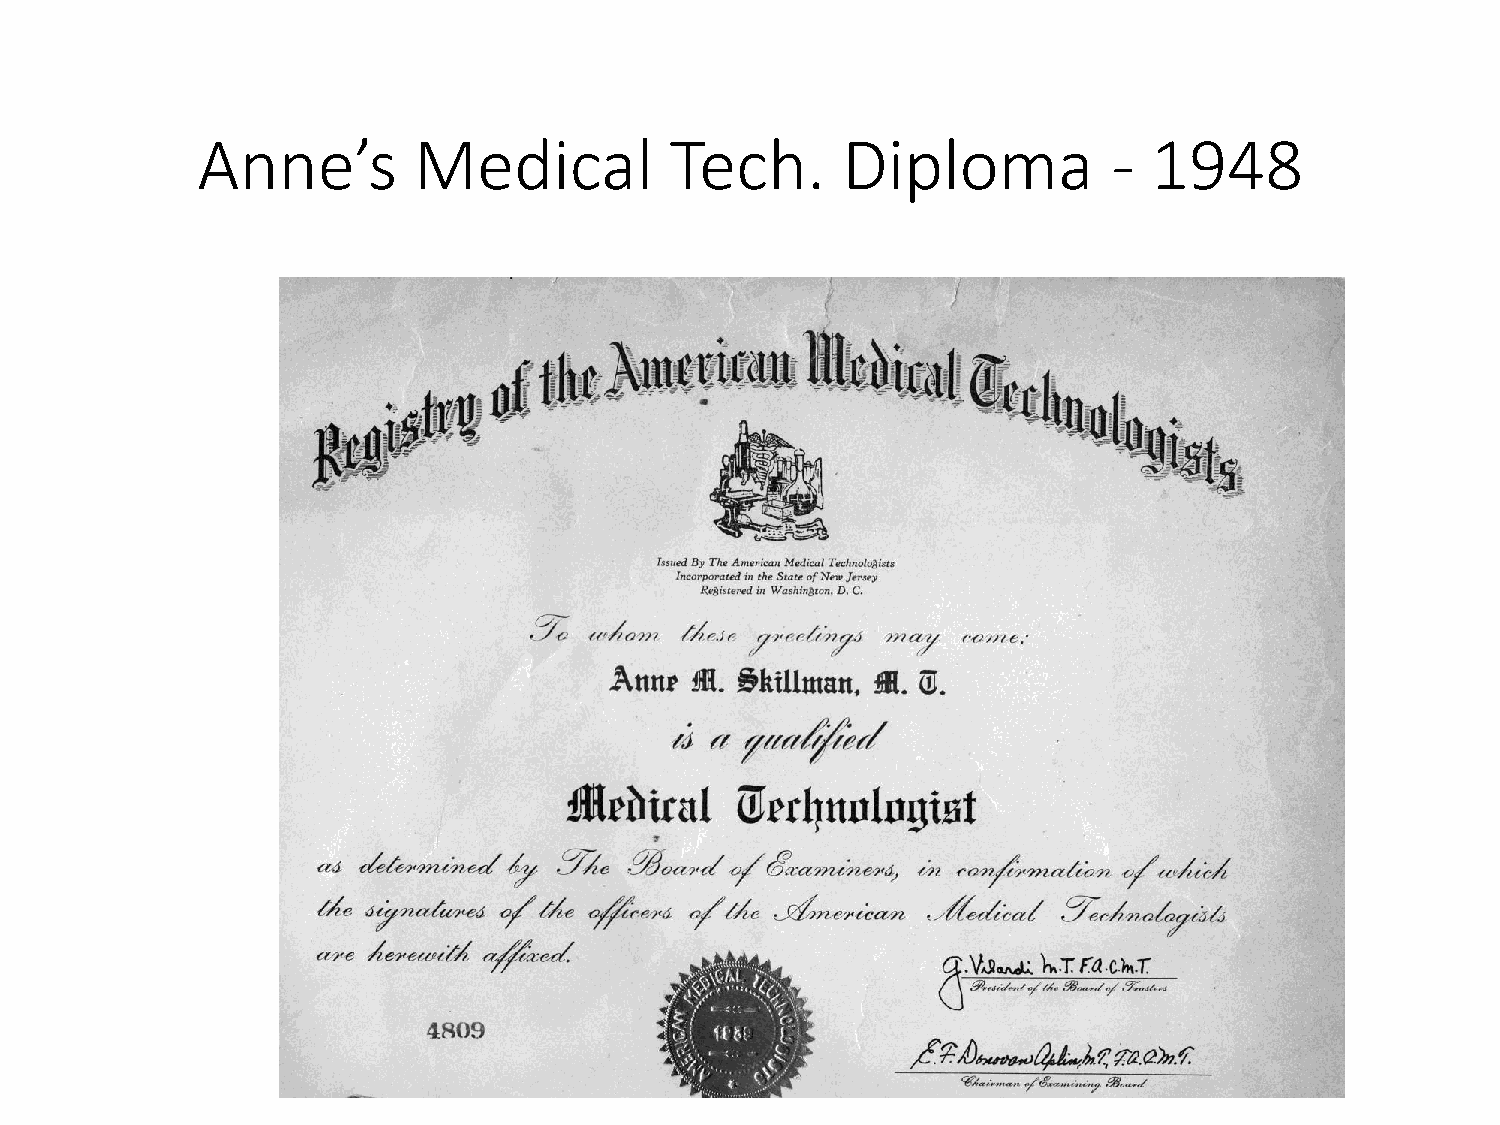
Anne’s        Medical          Tech.       Diploma           - 1948